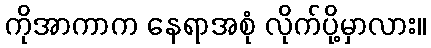
ကိုအာကာက နေရာအစုံ လိုက်ပို့မှာလား။